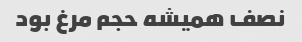
نصف همیشه حجم مرغ بود